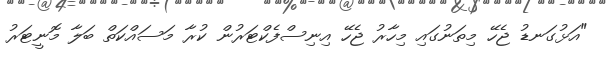
"އަޅުގަނޑު ޖެހޭ މިތަނުގައި މިހާރު ޖެހޭ އިނިސްފެކްޓަރުން ކުރާ މަސައްކަތް ބަލާ މޮނީޓަރު